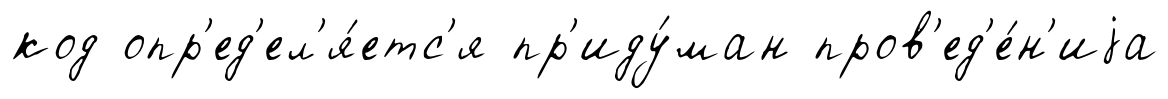
код опр'ед'ел'я́етс'я пр'иду́ман пров'ед'е́н'иjа